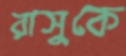
রাসুকে